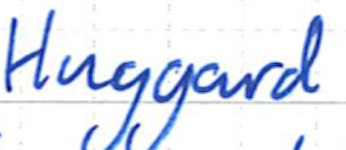
Text: Huggard
Cross-out: clean
Writing tool: ballpoint